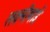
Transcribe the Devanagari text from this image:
लक्ष्‍मीबाई